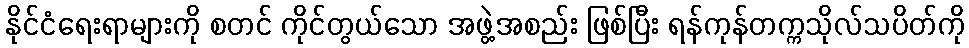
နိုင်ငံရေးရာများကို စတင် ကိုင်တွယ်သော အဖွဲ့အစည်း ဖြစ်ပြီး ရန်ကုန်တက္ကသိုလ်သပိတ်ကို